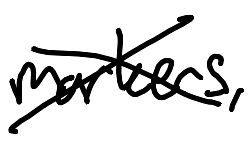
Text: markers,
Cross-out: cross
Writing tool: digital_black